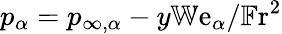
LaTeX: p_{\alpha}=p_{\infty,\alpha}-y\mathbb{W}\mathrm{e}_{\alpha}/\mathbb{F}\mathrm{r}^{2}